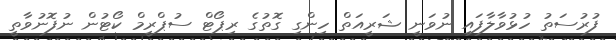
ފުރުސަތު ހުޅުވާލާފައި ނުވަނީ ޝަރީއަތް ހިންގި ގޮތުގެ ރިޕޯޓް ސުޕްރީމް ކޯޓުން ނުފޮނުވާތީ